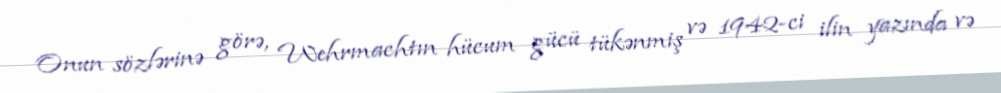
Onun sözlərinə görə, Wehrmachtın hücum gücü tükənmiş və 1942-ci ilin yazında və